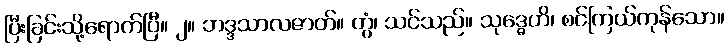
ပြီးခြင်းသို့ရောက်ပြီ။ ၂။ ဘဒ္ဒသာလဇာတ်။ တွံ၊ သင်သည်။ သုဒ္ဓေဟိ၊ စင်ကြယ်ကုန်သော။